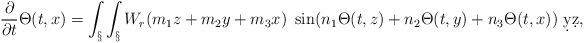
LaTeX: \begin{align*}\frac{\partial}{\partial t} \Theta(t,x) = \int_\S \int_\S W_r(m_1z + m_2 y + m_3 x)~\sin(n_1\Theta(t,z) + n_2\Theta(t,y) + n_3\Theta(t,x)) \ \d y \d z,\end{align*}